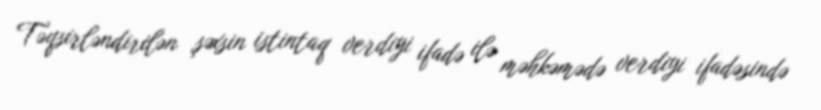
Təqsirləndirilən şəxsin istintaq verdiyi ifadə ilə məhkəmədə verdiyi ifadəsində